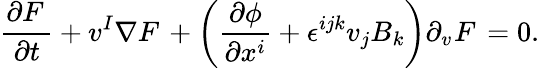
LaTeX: \frac{\partial F_{}^{}}{\partial t}+v^{I}\nabla F_{}^{}+\left(\frac{\partial\phi}{\partial x^{i}}+\epsilon^{ijk}v_{j}B_{k}\right)\partial_{v^{}}F_{}^{}=0.